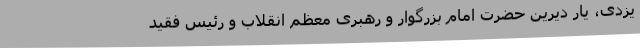
یزدی، یار دیرین حضرت امام بزرگوار و رهبری معظم انقلاب و رئیس فقید